Structure of Hæmatopota pluvialis (Meigen) - Number 55
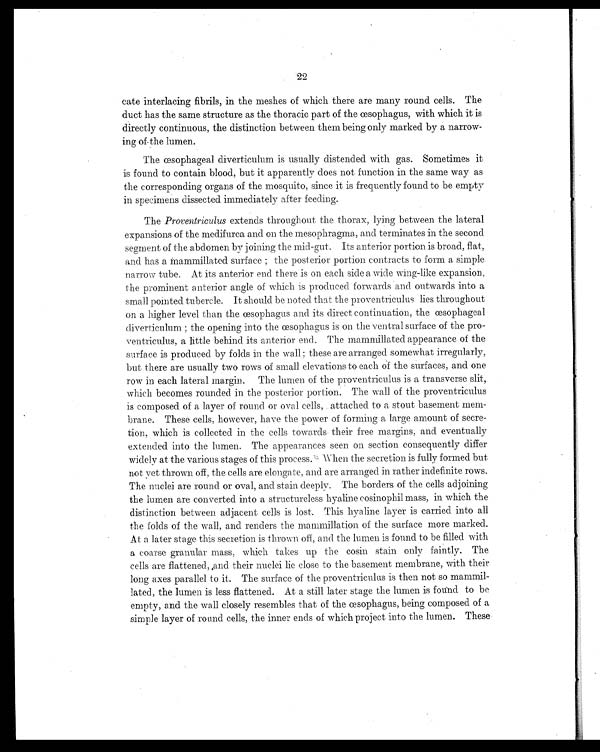
22
cate interlacing fibrils, in the meshes of which there are many round cells. The
duct has the same structure as the thoracic part of the œsophagus, with which it is
directly continuous, the distinction between them being only marked by a narrow-
ing of the lumen.
The œsophageal diverticulum is usually distended with gas. Sometimes it
is found to contain blood, but it apparently does not function in the same way as
the corresponding organs of the mosquito, since it is frequently found to be empty
in specimens dissected immediately after feeding.
The Proventriculus extends throughout the thorax, lying between the lateral
expansions of the medifurca and on the mesophragma, and terminates in the second
segment of the abdomen by joining the mid-gut. Its anterior portion is broad, flat,.
and has a mammillated surface ; the posterior portion contracts to form a simple
narrow tube. At its anterior end there is on each side a wide wing-like expansion,
the prominent anterior angle of which is produced forwards and outwards into a
small pointed tubercle. It should be noted that the proventriculus lies throughout
on a higher level than the œsophagus and its direct continuation, the œsophageal
diverticulum ; the opening into the œsophagus is on the ventral surface of the pro-
ventriculus, a little behind its anterior end. The mammillated appearance of the
surface is produced by folds in the wall; these are arranged somewhat irregularly,
but there are usually two rows of small elevations to each of the surfaces, and one
row in each lateral margin. The lumen of the proventriculus is a transverse slit,
which becomes rounded in the posterior portion. The wall of the proventriculus
is composed of a layer of round or oval cells, attached to a stout basement mem-
brane. These cells, however, have the power of forming a large amount of secre-
tion, which is collected in the cells towards their free margins, and eventually
extended into the lumen. The appearances seen on section consequently differ
widely at the various stages of this process. When the secretion is fully formed but
not yet thrown off, the cells are elongate, and are arranged in rather indefinite rows.
The nuclei are round or oval, and stain deeply. The borders of the cells adjoining
the lumen are converted into a structureless hyaline cosinophil mass, in which the
distinction between adjacent cells is lost. This hyaline layer is carried into all
the folds of the wall, and renders the mammillation of the surface more marked.
At a later stage this secretion is thrown off, and the lumen is found to be filled with
a coarse granular mass, which takes up the cosin stain only faintly. The
cells are flattened, ,and their nuclei lie close to the basement membrane, with their
long axes parallel to it. The surface of the proventriculus is then not so mammil-
lated, the lumen is less flattened. At a still later stage the lumen is found to be
empty, and the wall closely resembles that of the œsophagus, being composed of a
simple layer of round cells, the inner ends of which project into the lumen. These